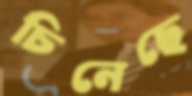
চিনেছে